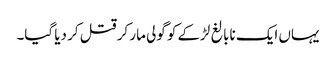
یہاں ایک نابالغ لڑکے کو گولی مار کر قتل کر دیا گیا۔